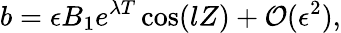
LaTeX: b=\epsilon B_{1}e^{\lambda T}\cos(lZ)+\mathcal{O}(\epsilon^{2}),